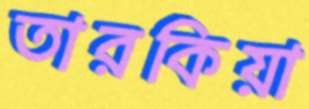
তারকিয়া